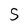
Character: S